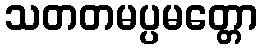
သတတမပ္ပမတ္တော